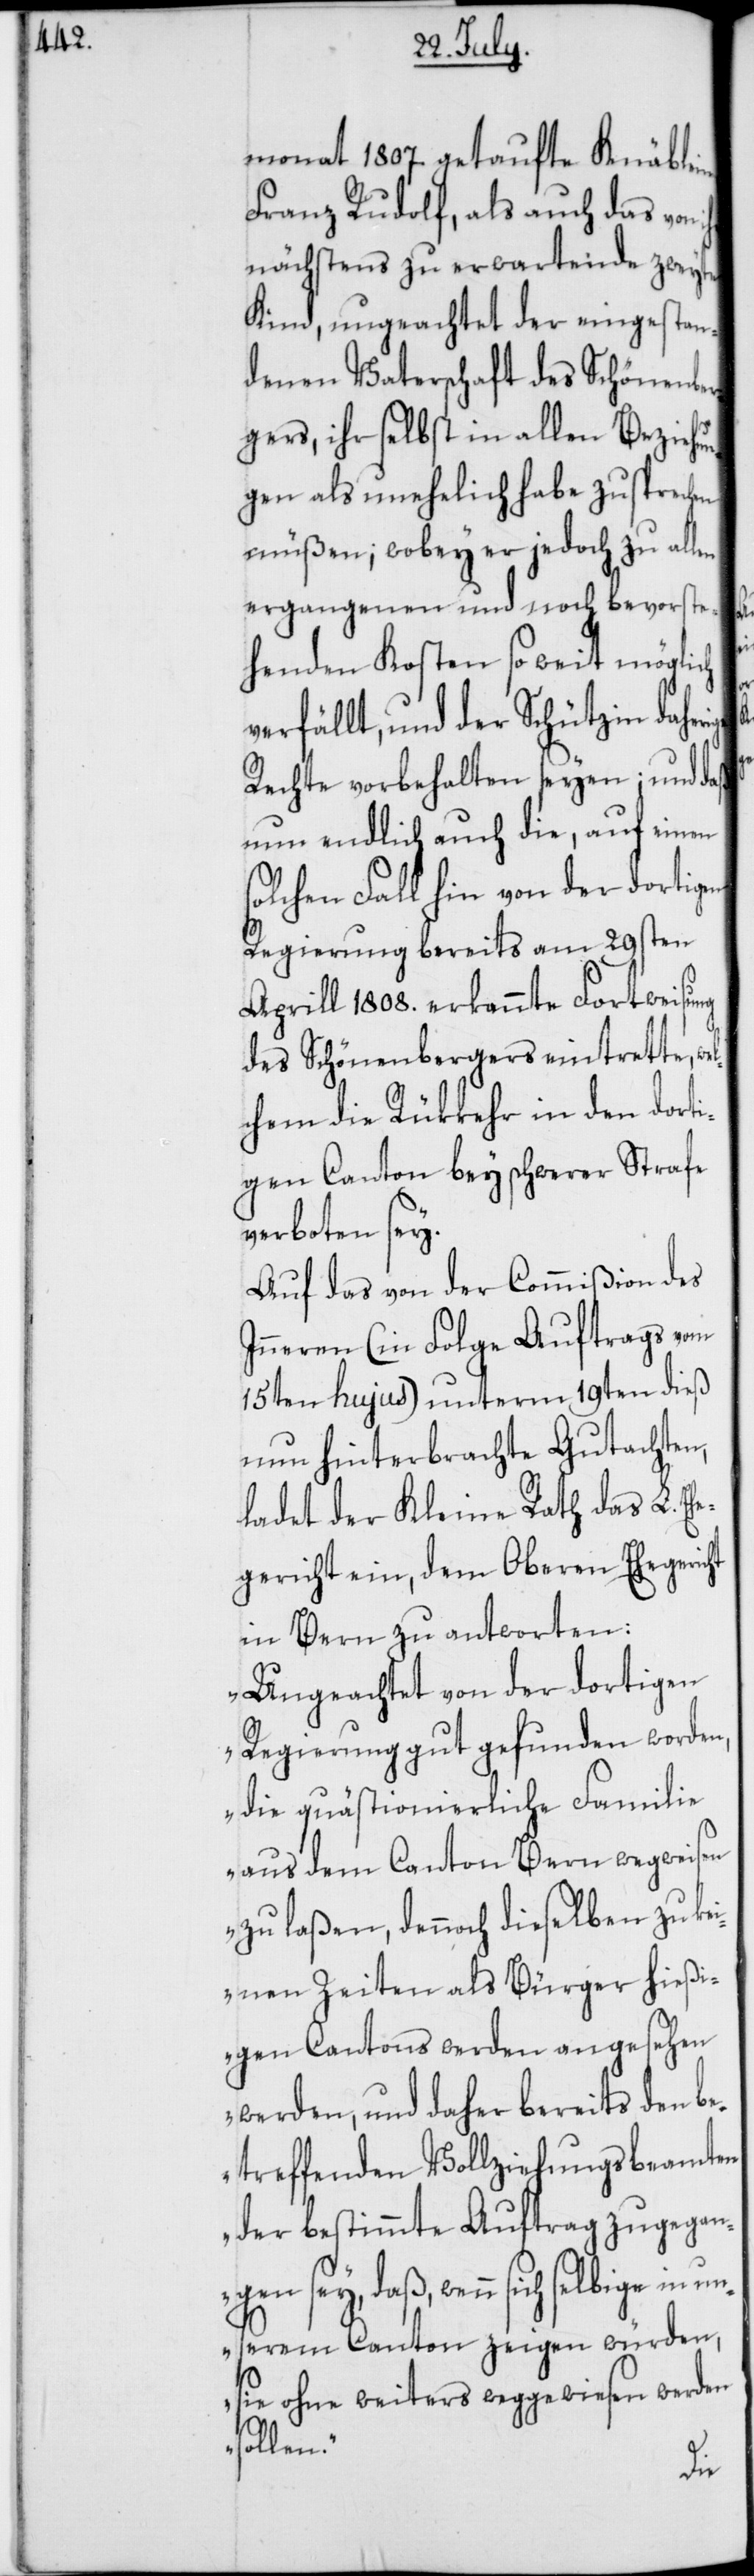
monat 1807 getaufte Knäblein,
Franz Rudolf, als auch das von
nächstens zu erwartende zweyte
Kind, ungeachtet der eingestan¬
denen Vaterschaft des Schönenbe¬
rgers, ihr selbst in allen Beziehun¬
gen als unehelich habe zusprechen
müßen; wobey er jedoch zu allen
ergangenen und noch bevorste¬
henden Kosten so weit möglich
verfällt, und der Schützin daher¬
Rechte vorbehalten seyen; und daß
nun endlich auch die, auf einen
solchen Fall hin von der dortigen
Regierung bereits am 29sten
Aprill 1808. erkannte Fortweisung
des Schönenbergers eintrette,
chem die Rükkehr in den dorti¬
gen Canton bey schwerer Strafe
verboten sey.
Auf das von der Commißion des
Inneren (in Folge Auftrags vom
15ten hujus) unterm 19ten dieß
nun hinterbrachte Gutachten,
ladet der Kleine Rath das L. Eh¬
egericht ein, dem Oberen Ehegericht
in Bern zu antworten:
„Ungeachtet von der dortigen
Regierung gut gefunden worden,
die quästionierliche Familie
aus dem Canton Bern wegweisen
zu laßen, dennoch dieselben zu ke¬
inen Zeiten als Bürger hießi¬
gen Cantons werden angesehen
werden, und daher bereits den b¬
etreffenden Vollziehungsbeamten
der bestimmte Auftrag zugegan¬
gen sey, daß, wenn sich selbige
unserem Canton zeigen würden,
sie ohne weiteres weggewiesen werden
sollen.“
wel¬